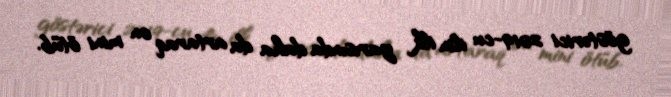
göstərici 2019-cu ilin ilk yarısında daha da artaraq on mini ötüb.